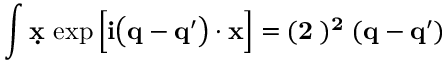
\int \d { \bf x } \, \exp \Big [ i \big ( { \bf q } - { \bf q } ^ { \prime } \big ) \cdot { \bf x } \Big ] = ( 2 \pi ) ^ { 2 } \delta ( { \bf q } - { \bf q } ^ { \prime } )